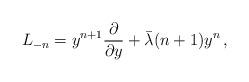
LaTeX: \begin{align*}L_{-n}=y^{n+1}{\partial\over \partial y} +\bar \lambda (n+1)y^n\,,\end{align*}